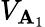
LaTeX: V_{\mathbf{A}_{1}}